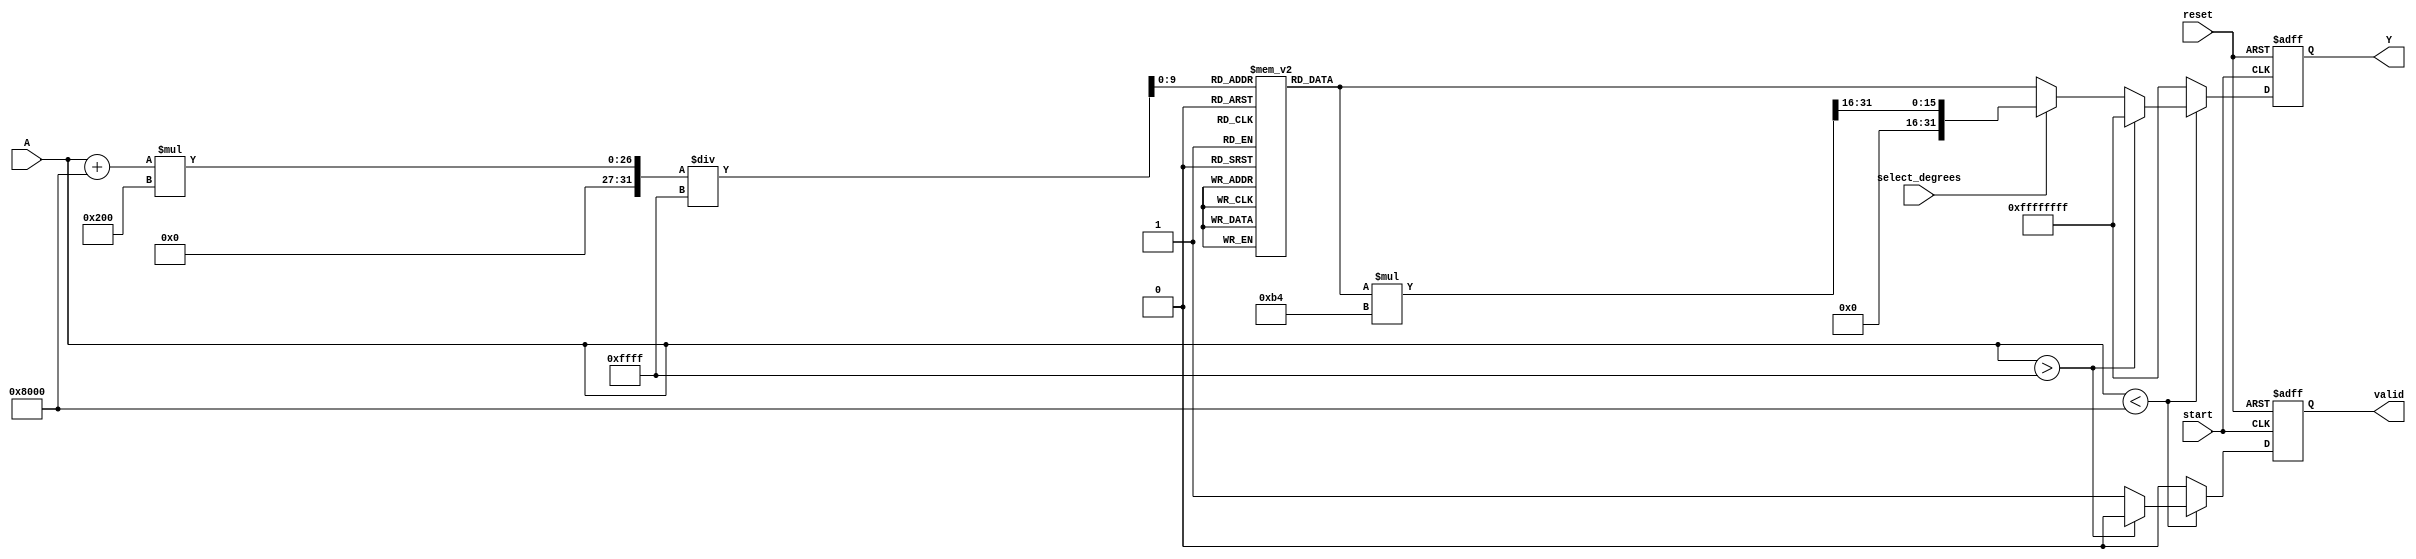
module acos_block (
    input wire [15:0] A,          // Input signal (fixed-point representation)
    input wire start,              // Control signal to start computation
    input wire reset,              // Control signal to reset the module
    input wire select_degrees,     // Control signal to select output format (radians or degrees)
    output reg [31:0] Y,           // Output signal (result in radians or degrees)
    output reg valid               // Output flag for valid output
);

    // Parameters
    localparam FIXED_POINT_FRACTIONAL_BITS = 16; // Number of fractional bits
    localparam TABLE_SIZE = 1024;                 // Size of lookup table
    localparam PI = 32'h3243F6A8;                  //  in fixed-point (32-bit)
    localparam RAD_TO_DEG = 32'h000000B4;         // Conversion factor (180/) in fixed-point

    // Lookup table for acos values (precomputed)
    reg [31:0] acos_table [0:TABLE_SIZE-1];

    // Initialize the lookup table (This is simplified for demonstration)
    initial begin
        // Populate the lookup table with precomputed acos values (in radians)
        // This should be done with accurate values in a real implementation
        // For example, acos(0) = /2, acos(1) = 0, acos(-1) = 
        acos_table[0] = PI; // acos(-1)
        acos_table[TABLE_SIZE/2] = 0; // acos(1)
        acos_table[TABLE_SIZE-1] = 32'h00000000; // acos(0)
        // Fill in the rest of the table with appropriate values...
    end

    // Internal signals
    reg [31:0] angle;
    reg [15:0] input_index;

    // Always block for processing input
    always @(posedge start or posedge reset) begin
        if (reset) begin
            Y <= 0;
            valid <= 0;
            angle <= 0;
        end else begin
            // Range check
            if (A < 16'h8000) begin // A < 0
                if (A > 16'hFFFF) begin // A > 1
                    Y <= 32'hFFFFFFFF; // Error value
                    valid <= 0;
                end else begin
                    // Scale input to index the lookup table
                    input_index = (A + 16'h8000) * (TABLE_SIZE / 2) / 16'hFFFF; // Map [-1, 1] to [0, TABLE_SIZE]
                    angle = acos_table[input_index]; // Lookup angle

                    // Convert to degrees if required
                    if (select_degrees) begin
                        Y <= (angle * RAD_TO_DEG) >> 16; // Convert to degrees (scaled by 2^16)
                    end else begin
                        Y <= angle; // Output in radians
                    end
                    valid <= 1; // Valid output
                end
            end else begin
                Y <= 32'hFFFFFFFF; // Error value for invalid input
                valid <= 0;
            end
        end
    end

endmodule